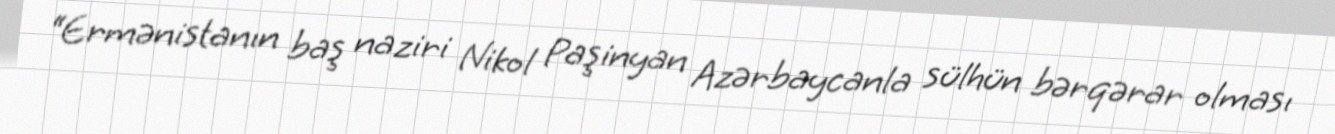
“Ermənistanın baş naziri Nikol Paşinyan Azərbaycanla sülhün bərqərar olması